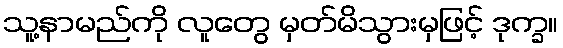
သူ့နာမည်ကို လူတွေ မှတ်မိသွားမှဖြင့် ဒုက္ခ။